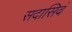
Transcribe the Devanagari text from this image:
सदासिवं